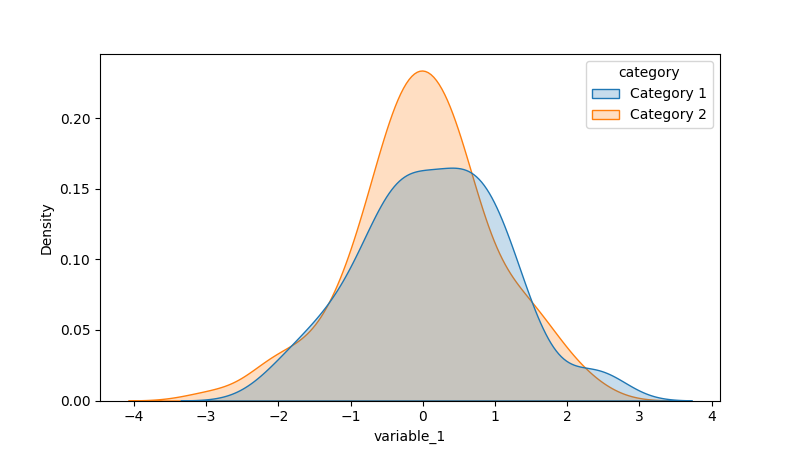
python, seaborn, kdeplot, hue='category', fill=True, bw_adjust=1.0